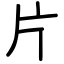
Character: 片